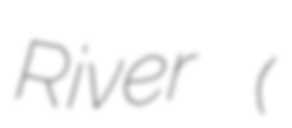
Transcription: River (大堰川